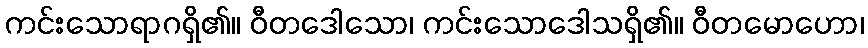
ကင်းသောရာဂရှိ၏။ ဝီတဒေါသော၊ ကင်းသောဒေါသရှိ၏။ ဝီတမောဟော၊